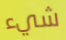
شيء